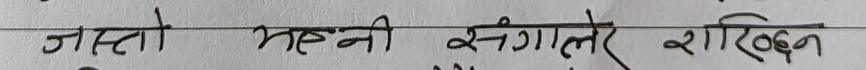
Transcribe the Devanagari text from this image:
जस्तो महनी सगालेर राखिछ